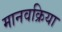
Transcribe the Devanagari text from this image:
मानवक्रिया